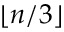
\lfloor n / 3 \rfloor